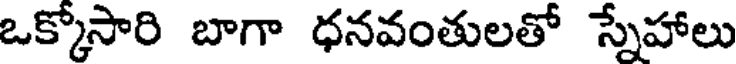
ఒక్కోసారి బాగా ధనవంతులతో స్నేహాలు